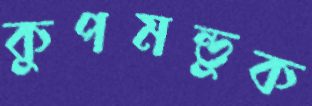
কুপমন্ডুক